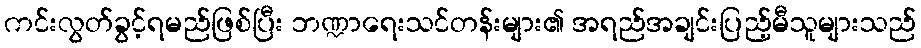
ကင်းလွတ်ခွင့်ရမည်ဖြစ်ပြီး ဘဏ္ဍာရေးသင်တန်းများ၏ အရည်အချင်းပြည့်မီသူများသည်